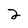
Character: 2